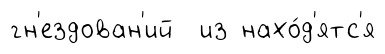
гн'ездован'ий из нахо́д'ятс'я